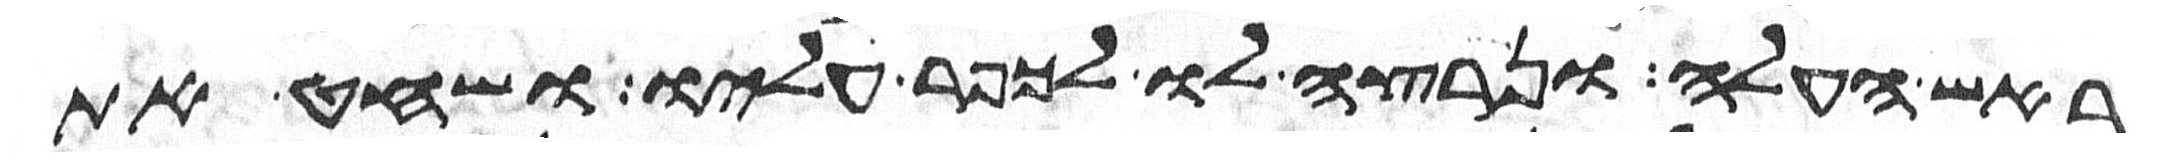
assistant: ראש העלה ונרצה לו לכפר עליו ושחט את